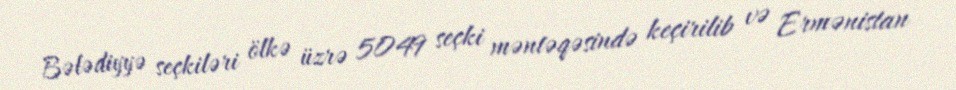
Bələdiyyə seçkiləri ölkə üzrə 5049 seçki məntəqəsində keçirilib və Ermənistan